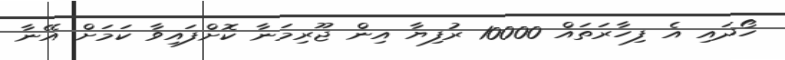
ހޯދައި އެ ފިހާރަތައް 10000 ރުފިޔާ އިން ޖޫރިމަނާ ކޮށްފައިވާ ކަމަށް އޭނާ